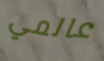
عالمي